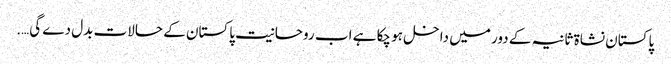
پاکستان نشاۃ ثانیہ کے دور میں داخل ہو چکا ہے اب روحانیت پاکستان کے حالات بدل دے گی….